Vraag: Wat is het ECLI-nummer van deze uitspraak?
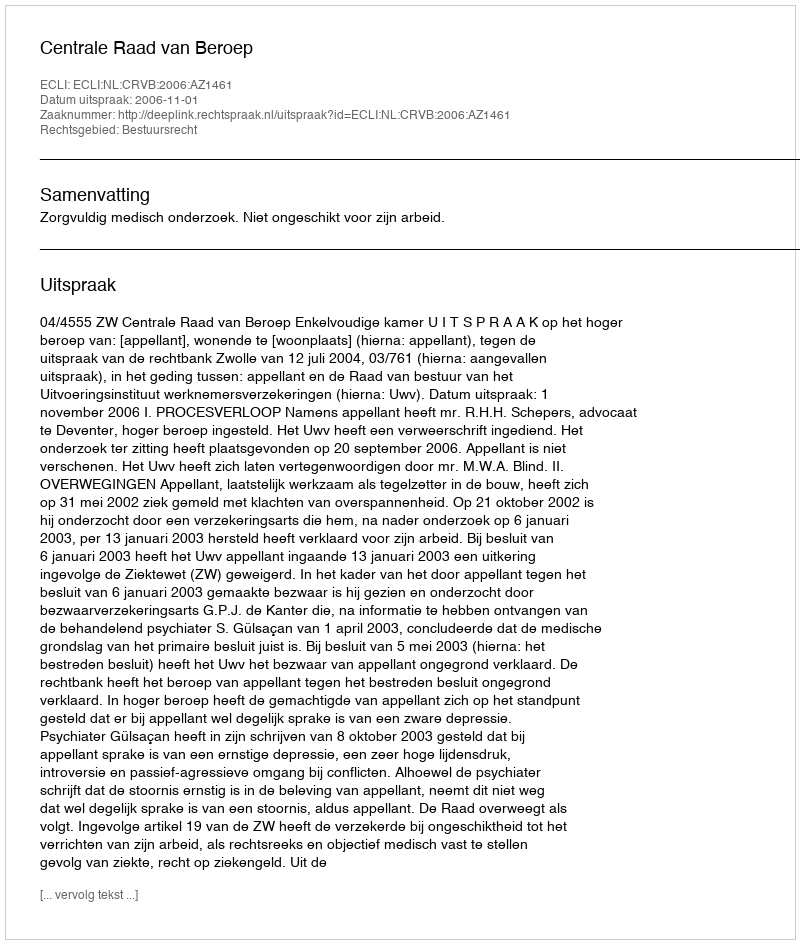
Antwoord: ECLI:NL:CRVB:2006:AZ1461